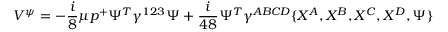
V ^ { \psi } = - { \frac { i } { 8 } } \mu p ^ { + } \Psi ^ { T } \gamma ^ { 1 2 3 } \Psi + { \frac { i } { 4 8 } } \Psi ^ { T } \gamma ^ { A B C D } \{ X ^ { A } , X ^ { B } , X ^ { C } , X ^ { D } , \Psi \}